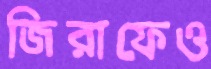
জিরাফেও